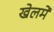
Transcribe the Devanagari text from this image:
खेलमें